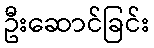
ဦးဆောင်ခြင်း